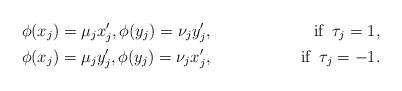
LaTeX: \begin{align*}&\phi(x_j)= \mu_j x'_j, \phi(y_j)= \nu_j y'_j, &\mbox{if} \; \; \tau_j =1, \\&\phi(x_j)= \mu_j y'_j, \phi(y_j)= \nu_j x'_j, &\mbox{if} \; \; \tau_j=-1.\end{align*}